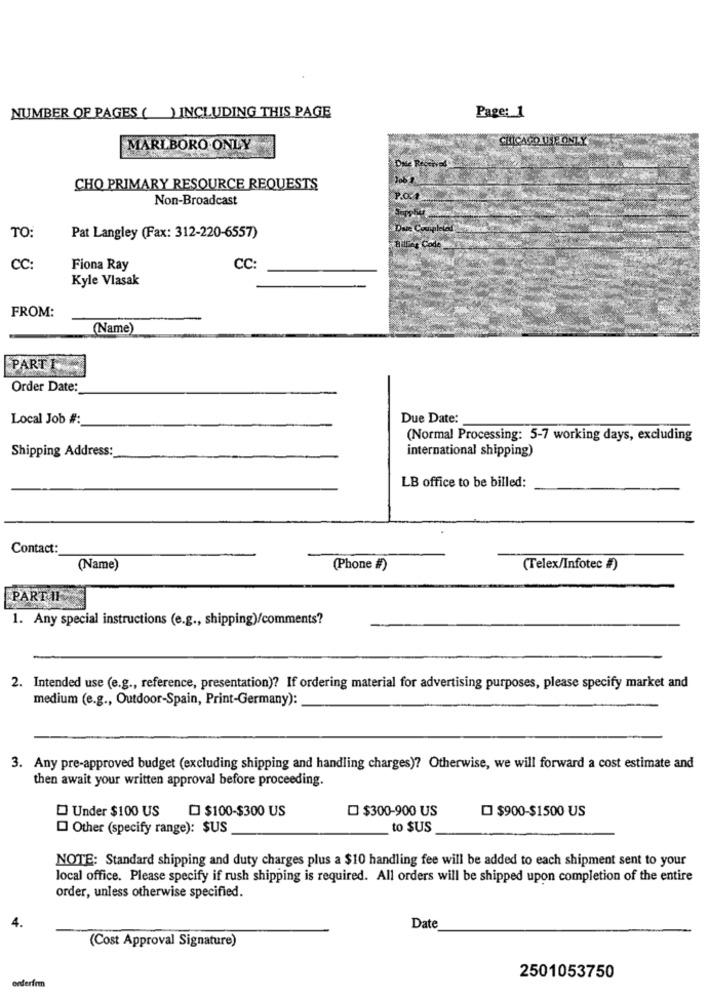
NUMBER OF PAGES ( )INCLUDING THIS PAGE
Page: 1
MARLBORO ONLY
CHO PRIMARY RESOURCE REQUESTS
Non-Broadcast
Dare Coupleled
TO:
Pat Langley (Fax: 312-220-6557)
Billing Code
CC:
Fiona Ray
CC
Kyle Vlasak
FROM:
(Name)
PART I
Order Date:
Local Job #:
Due Date:
(Normal Processing: 5-7 working days, excluding
Shipping Address:
international shipping)
LB office to be billed:
Contact:
(Name)
(Phone #)
(Telex/Infotec #)
PART IF
1. Any special instructions (e.g ., shipping)/comments?
2. Intended use (e.g ., reference, presentation)? If ordering material for advertising purposes, please specify market and
medium (e.g ., Outdoor-Spain, Print-Germany):
3. Any pre-approved budget (excluding shipping and handling charges)? Otherwise, we will forward a cost estimate and
then await your written approval before proceeding.
Under $100 US
$100-$300 US
D $300-900 US
$900-$1500 US
Other (specify range): $US
to SUS
NOTE: Standard shipping and duty charges plus a $10 handling fee will be added to each shipment sent to your
local office. Please specify if rush shipping is required. All orders will be shipped upon completion of the entire
order, unless otherwise specified.
4.
Date
(Cost Approval Signature)
2501053750
orderfrm